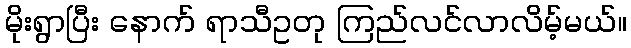
မိုးရွာပြီး နောက် ရာသီဥတု ကြည်လင်လာလိမ့်မယ်။